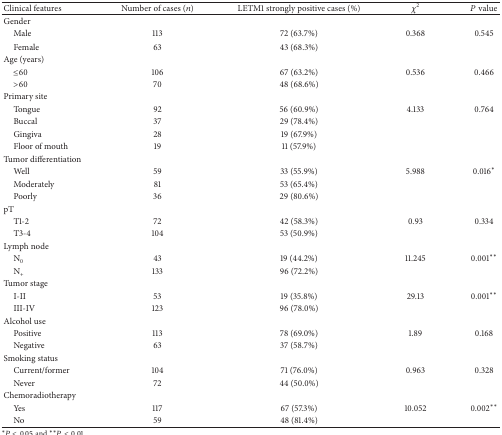
<table><thead><tr><td><b>Clinical features</b></td><td><b>Number of cases (<i>n</i>)</b></td><td><b>LETM1 strongly positive cases (%)</b></td><td><b><i>χ</i><sup>2</sup></b></td><td><b><i>P</i> value</b></td></tr></thead><tbody><tr><td>Gender</td><td> </td><td> </td><td> </td><td> </td></tr><tr><td> Male</td><td>113</td><td>72 (63.7%)</td><td>0.368</td><td>0.545</td></tr><tr><td> Female</td><td>63</td><td>43 (68.3%)</td><td> </td><td> </td></tr><tr><td>Age (years)</td><td> </td><td> </td><td> </td><td> </td></tr><tr><td> ≤60</td><td>106</td><td>67 (63.2%)</td><td>0.536</td><td>0.466</td></tr><tr><td> &gt;60</td><td>70</td><td>48 (68.6%)</td><td> </td><td> </td></tr><tr><td>Primary site</td><td> </td><td> </td><td> </td><td> </td></tr><tr><td> Tongue</td><td>92</td><td>56 (60.9%)</td><td>4.133</td><td>0.764</td></tr><tr><td> Buccal</td><td>37</td><td>29 (78.4%)</td><td> </td><td> </td></tr><tr><td> Gingiva</td><td>28</td><td>19 (67.9%)</td><td> </td><td> </td></tr><tr><td> Floor of mouth</td><td>19</td><td>11 (57.9%)</td><td> </td><td> </td></tr><tr><td>Tumor differentiation</td><td> </td><td> </td><td> </td><td> </td></tr><tr><td> Well</td><td>59</td><td>33 (55.9%)</td><td>5.988</td><td>0.016*</td></tr><tr><td> Moderately</td><td>81</td><td>53 (65.4%)</td><td> </td><td> </td></tr><tr><td> Poorly</td><td>36</td><td>29 (80.6%)</td><td> </td><td> </td></tr><tr><td>pT</td><td> </td><td> </td><td> </td><td> </td></tr><tr><td> T1-2</td><td>72</td><td>42 (58.3%)</td><td>0.93</td><td>0.334</td></tr><tr><td> T3-4</td><td>104</td><td>53 (50.9%)</td><td> </td><td> </td></tr><tr><td>Lymph node</td><td> </td><td> </td><td> </td><td> </td></tr><tr><td> N<sub>0</sub></td><td>43</td><td>19 (44.2%)</td><td>11.245</td><td>0.001**</td></tr><tr><td> N<sub>+</sub></td><td>133</td><td>96 (72.2%)</td><td> </td><td> </td></tr><tr><td>Tumor stage</td><td> </td><td> </td><td> </td><td> </td></tr><tr><td> I-II</td><td>53</td><td>19 (35.8%)</td><td>29.13</td><td>0.001**</td></tr><tr><td> III-IV</td><td>123</td><td>96 (78.0%)</td><td> </td><td> </td></tr><tr><td>Alcohol use</td><td> </td><td> </td><td> </td><td> </td></tr><tr><td> Positive</td><td>113</td><td>78 (69.0%)</td><td>1.89</td><td>0.168</td></tr><tr><td> Negative</td><td>63</td><td>37 (58.7%)</td><td> </td><td> </td></tr><tr><td>Smoking status</td><td> </td><td> </td><td> </td><td> </td></tr><tr><td> Current/former</td><td>104</td><td>71 (76.0%)</td><td>0.963</td><td>0.328</td></tr><tr><td> Never</td><td>72</td><td>44 (50.0%)</td><td> </td><td> </td></tr><tr><td>Chemoradiotherapy</td><td> </td><td> </td><td> </td><td> </td></tr><tr><td> Yes</td><td>117</td><td>67 (57.3%)</td><td>10.052</td><td>0.002**</td></tr><tr><td> No</td><td>59</td><td>48 (81.4%)</td><td> </td><td> </td></tr></tbody></table>